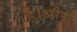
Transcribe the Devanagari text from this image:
है।अौर